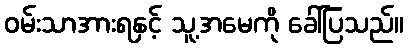
ဝမ်းသာအားရနှင့် သူ့အမေကို ခေါ်ပြသည်။